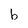
Character: b